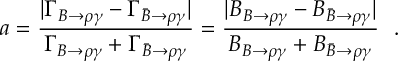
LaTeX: a = \frac { | \Gamma _ { B \to \rho \gamma } - \Gamma _ { \bar { B } \to \rho \gamma } | } { \Gamma _ { B \to \rho \gamma } + \Gamma _ { \bar { B } \to \rho \gamma } } = \frac { | { \cal B } _ { B \to \rho \gamma } - { \cal B } _ { \bar { B } \to \rho \gamma } | } { { \cal B } _ { B \to \rho \gamma } + { \cal B } _ { \bar { B } \to \rho \gamma } } \ \ .